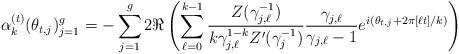
LaTeX: \begin{align*}\alpha^{(t)}_k(\theta_{t,j})_{j=1}^{g} = -\sum_{j=1}^g 2\Re\left(\sum_{\ell=0}^{k-1}\frac{Z(\gamma_{j,\ell}^{-1})}{k\gamma_{j,\ell}^{1-k}Z'(\gamma_j^{-1})}\frac{\gamma_{j,\ell}}{\gamma_{j,\ell}-1}e^{i(\theta_{t,j} + 2\pi[\ell t]/k)}\right)\end{align*}